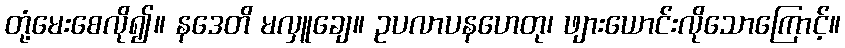
တုံ့မေးစေလို၍။ နဒေတိ မလှူချေ။ ဥပလာပနဟေတု၊ ဖျားယောင်းလိုသောကြောင့်။